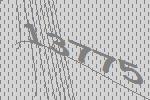
13775